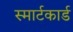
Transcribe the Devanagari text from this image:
स्मार्टकार्ड